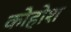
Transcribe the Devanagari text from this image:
कोहोश